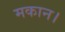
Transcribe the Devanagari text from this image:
मकान।